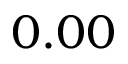
0 . 0 0